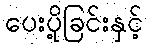
ပေးပို့ခြင်းနှင့်